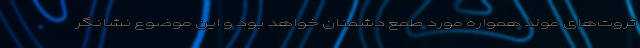
ثروت‌های مولد همواره مورد طمع دشمنان خواهد بود و این موضوع نشانگر